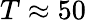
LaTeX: T\approx 50